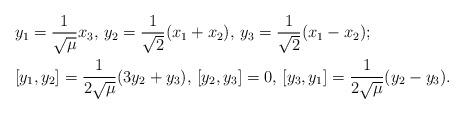
LaTeX: \begin{align*} &y_1=\frac{1}{\sqrt{\mu}}x_3, \, y_2=\frac{1}{\sqrt{2}}(x_1+x_2), \, y_3=\frac{1}{\sqrt{2}}(x_1-x_2);\\ &[y_1,y_2]=\frac{1}{2\sqrt{\mu}}(3y_2+y_3), \, [y_2,y_3]=0, \, [y_3,y_1]=\frac{1}{2\sqrt{\mu}}(y_2-y_3).\end{align*}